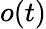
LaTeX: o(t)